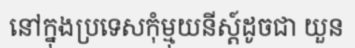
នៅក្នុងប្រទេសកុំម្មុយនីស្ត៍ដូចជា យួន